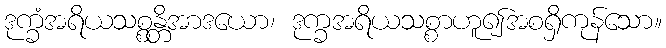
ဒုက္ခံအရိယသစ္စန္တိအာဒယော၊ ဒုက္ခအရိယသစ္စာဟူ၍အစရှိကုန်သော။